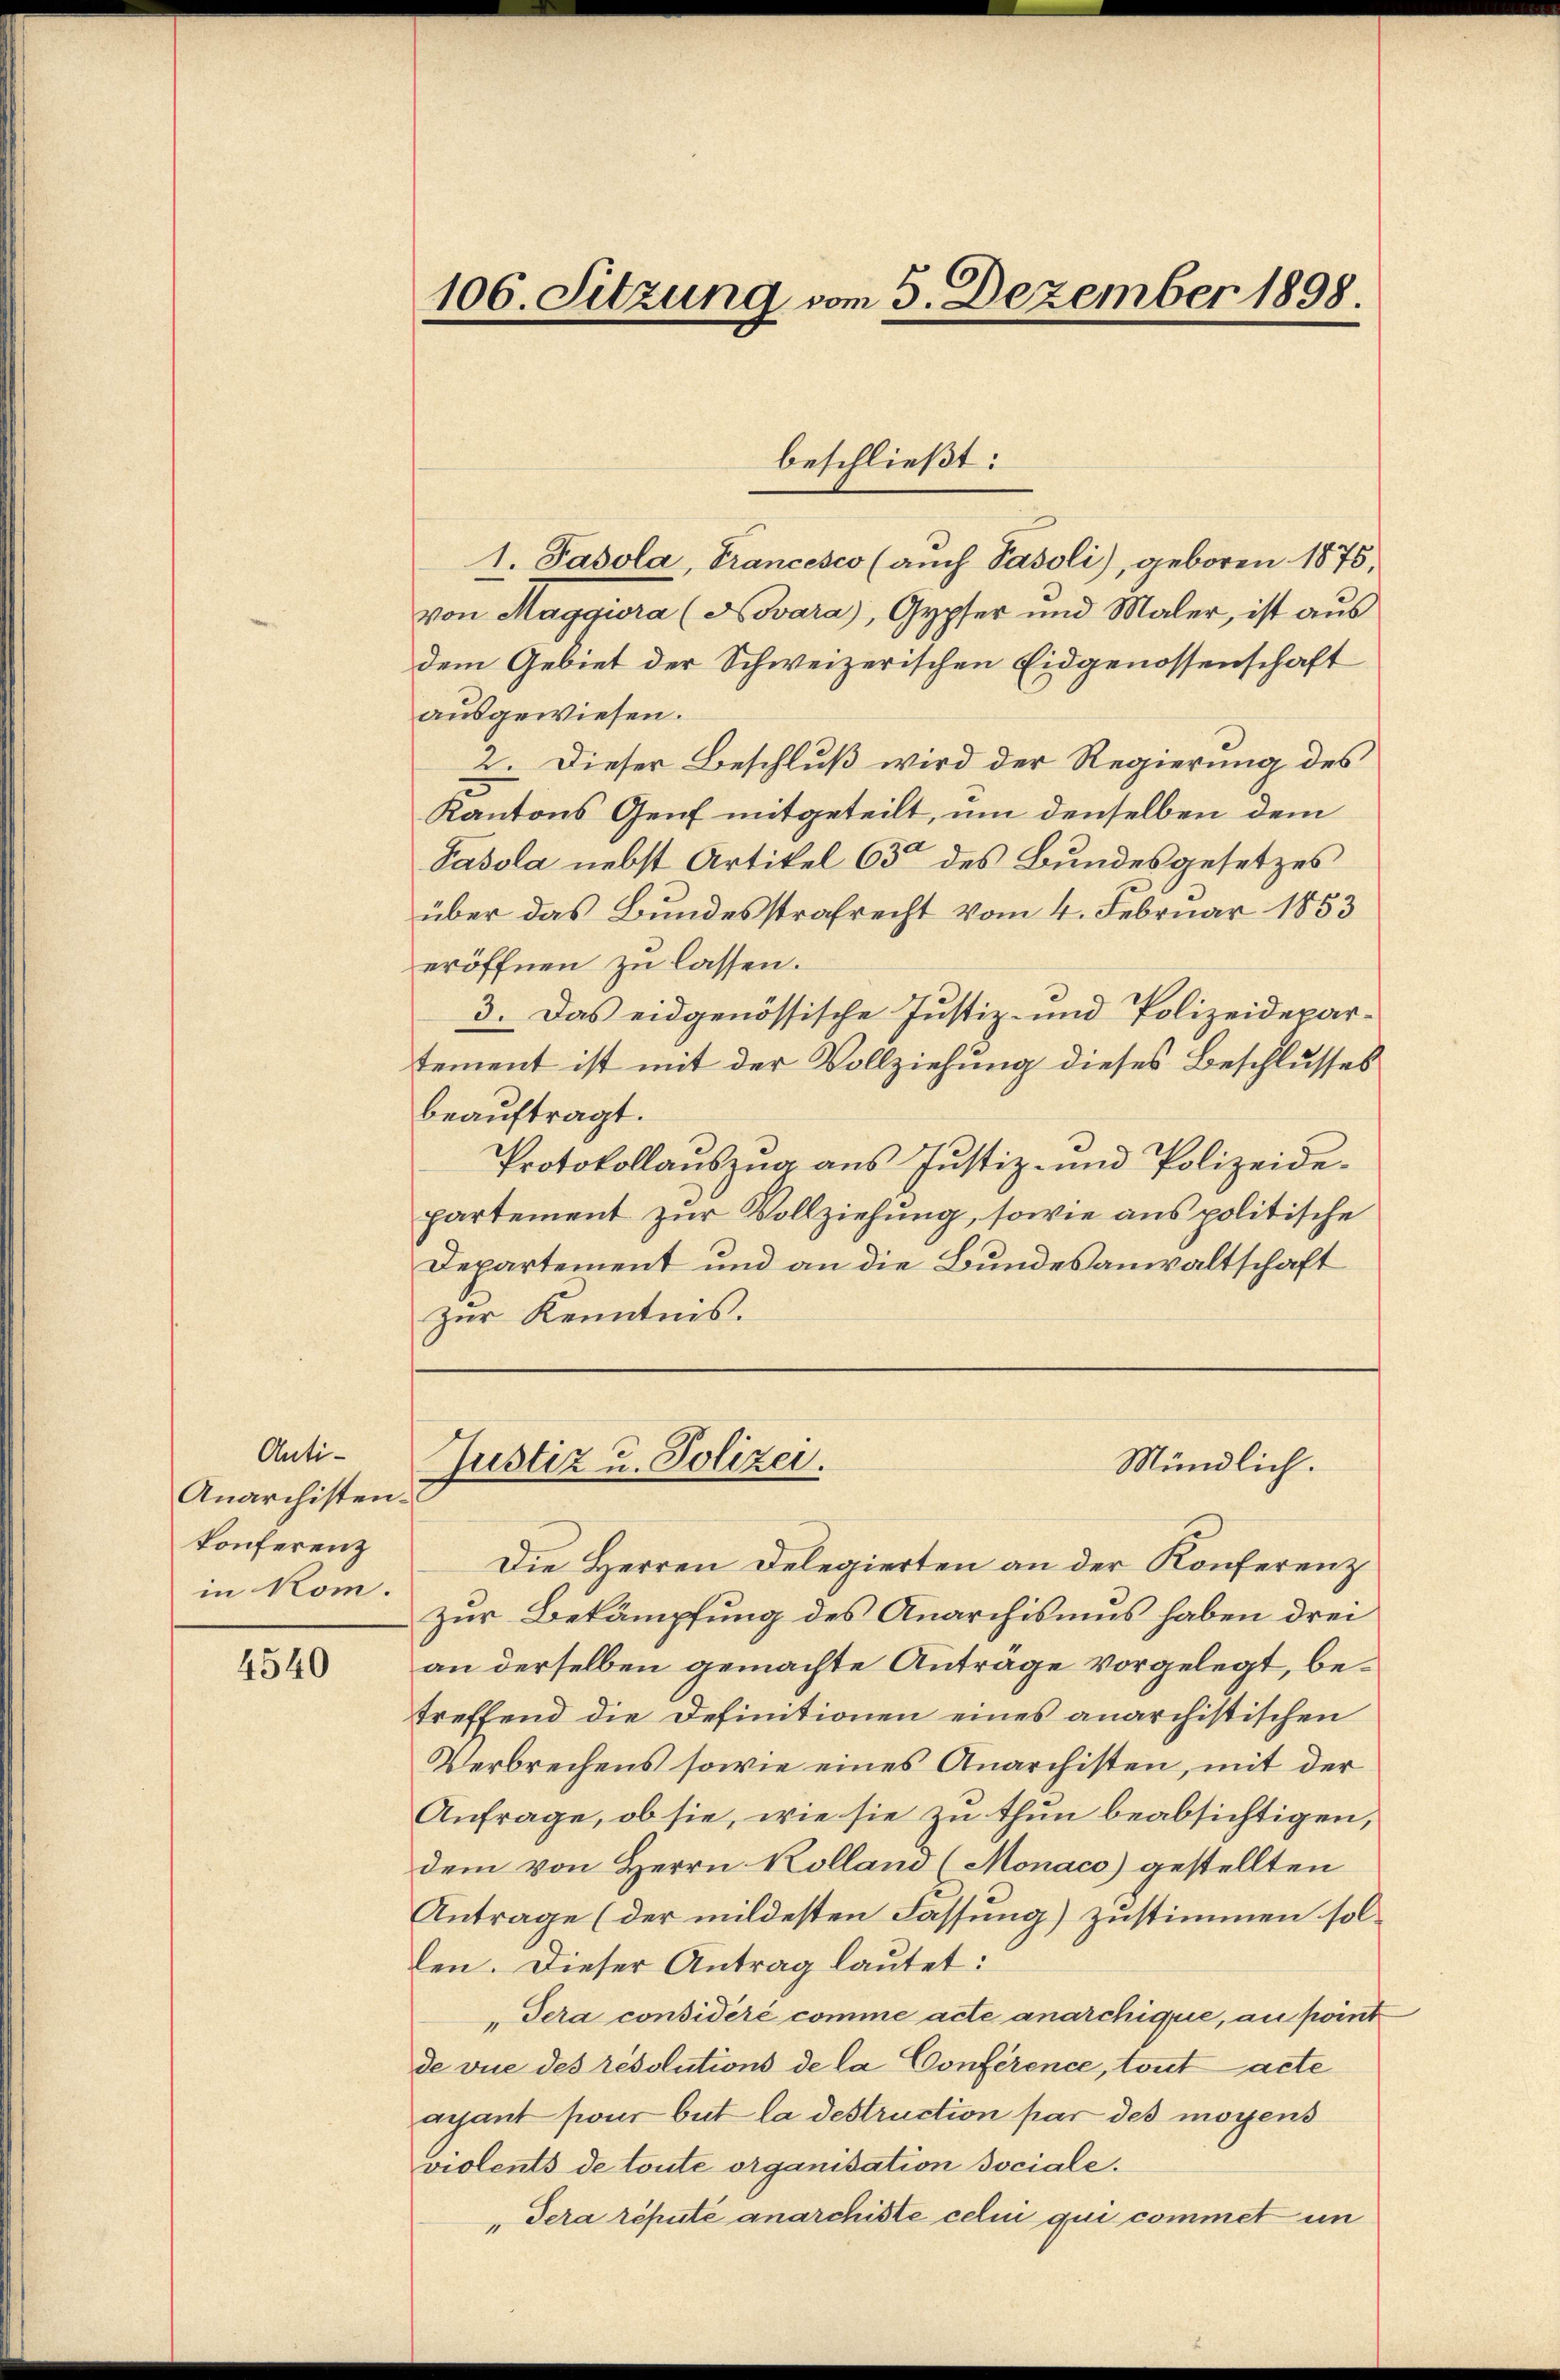
Anti¬
Anarchisten.
konferenz
in kom.

4540

106. Sitzung vom 5. Dezember 1898.

1. Pasola, Francesco (auch Pasoli), geboren 1875,
von Maggiora (Novara), Gypfer und Maler, ist aus
dem Gebiet der Schweizerischen Eidgenossenschaft
ausgewiesen.
2. Dieser Beschluß wird der Regierung des
Kantons Genf mitgeteilt, um denselben dem
Pasola nebst Artikel 63 des Bundesgesetzes
über das Bundesstrafrecht vom 4. Februar 1853
eröffnen zu lassen.
3. Das eidgenössische Justiz- und Polizeidepartement ist mit der Vollziehung dieses Beschlusses
beauftragt.
Protokollauszug aus Justiz- und Polizeidepartement zur Vollziehung, sowie aus politische
Departement und an die Bundesanwaltschaft
zur Kenntnis.
Justiz u. Polizei.
Mündlich.
Die Herren Delegierten an der Konferenz
zur Bekämpfung des Anarchisums haben drei
an derselben gemachte Anträge vorgelegt, betreffend die Definitionen eines anarchistischen
Verbrechens sowie eines Anarchisten, mit der
Anfrage, ob sie, wie sie zu thun beabsichtigen,
dem von Herrn Kolland (Monaco) gestellten
Antrage (der mildesten Fassung) zustimmen sollen. Dieser Antrag lautet:
"Tera considéré comme acte anarchique, au point
de vue des résolutions de la Conférence, tout acte
ayant pour but la destruction par des moyens
violents de toute organisation sociale.
"Tera réputé anarchiste celui qui commet un

beschließt: